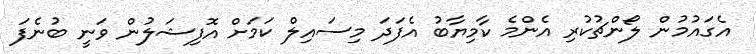
އެގައުމުން ލޯންޗުކުރި އެންމެ ކާމިޔާބު އެފަދަ މިސައިލް ކަމަށް އޮފިޝަލުން ވަނީ ބުނެފަ